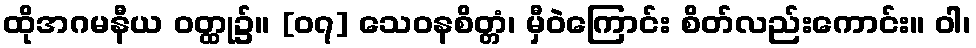
ထိုအဂမနီယ ဝတ္ထု၌။ [၀၇] သေဝနစိတ္တံ၊ မှီဝဲကြောင်း စိတ်လည်းကောင်း။ ဝါ၊